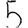
Digit: 5